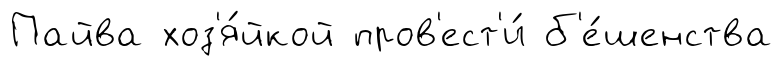
Пайва хоз'я́йкой пров'ест'и́ б'е́шенства